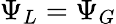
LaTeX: \Psi_{L}=\Psi_{G}